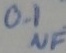
Text: 0.1µF